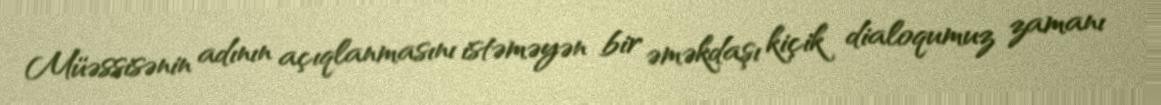
Müəssisənin adının açıqlanmasını istəməyən bir əməkdaşı kiçik dialoqumuz zamanı